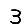
Digit: 3